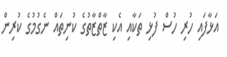
އަޅާފައި ހުރި ހުސް ފުޅި ތަކާއި އެކި ޒާތްޒާތުގެ ކުނިތައް ނެގުމުގެ ކުރިން